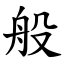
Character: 般